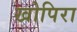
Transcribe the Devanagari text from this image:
खोपिरा